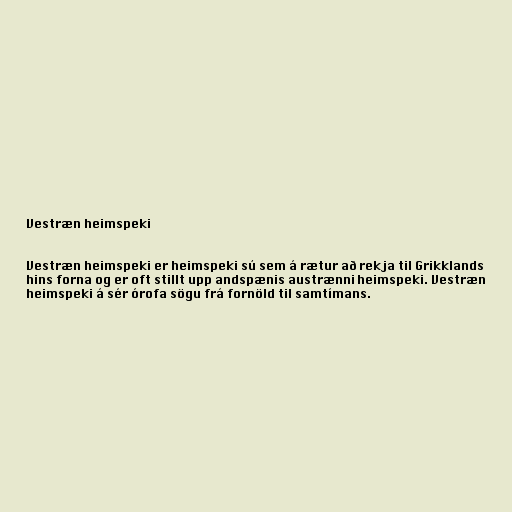
Vestræn heimspeki

Vestræn heimspeki er heimspeki sú sem á rætur að rekja til Grikklands
hins forna og er oft stillt upp andspænis austrænni heimspeki. Vestræn
heimspeki á sér órofa sögu frá fornöld til samtímans.